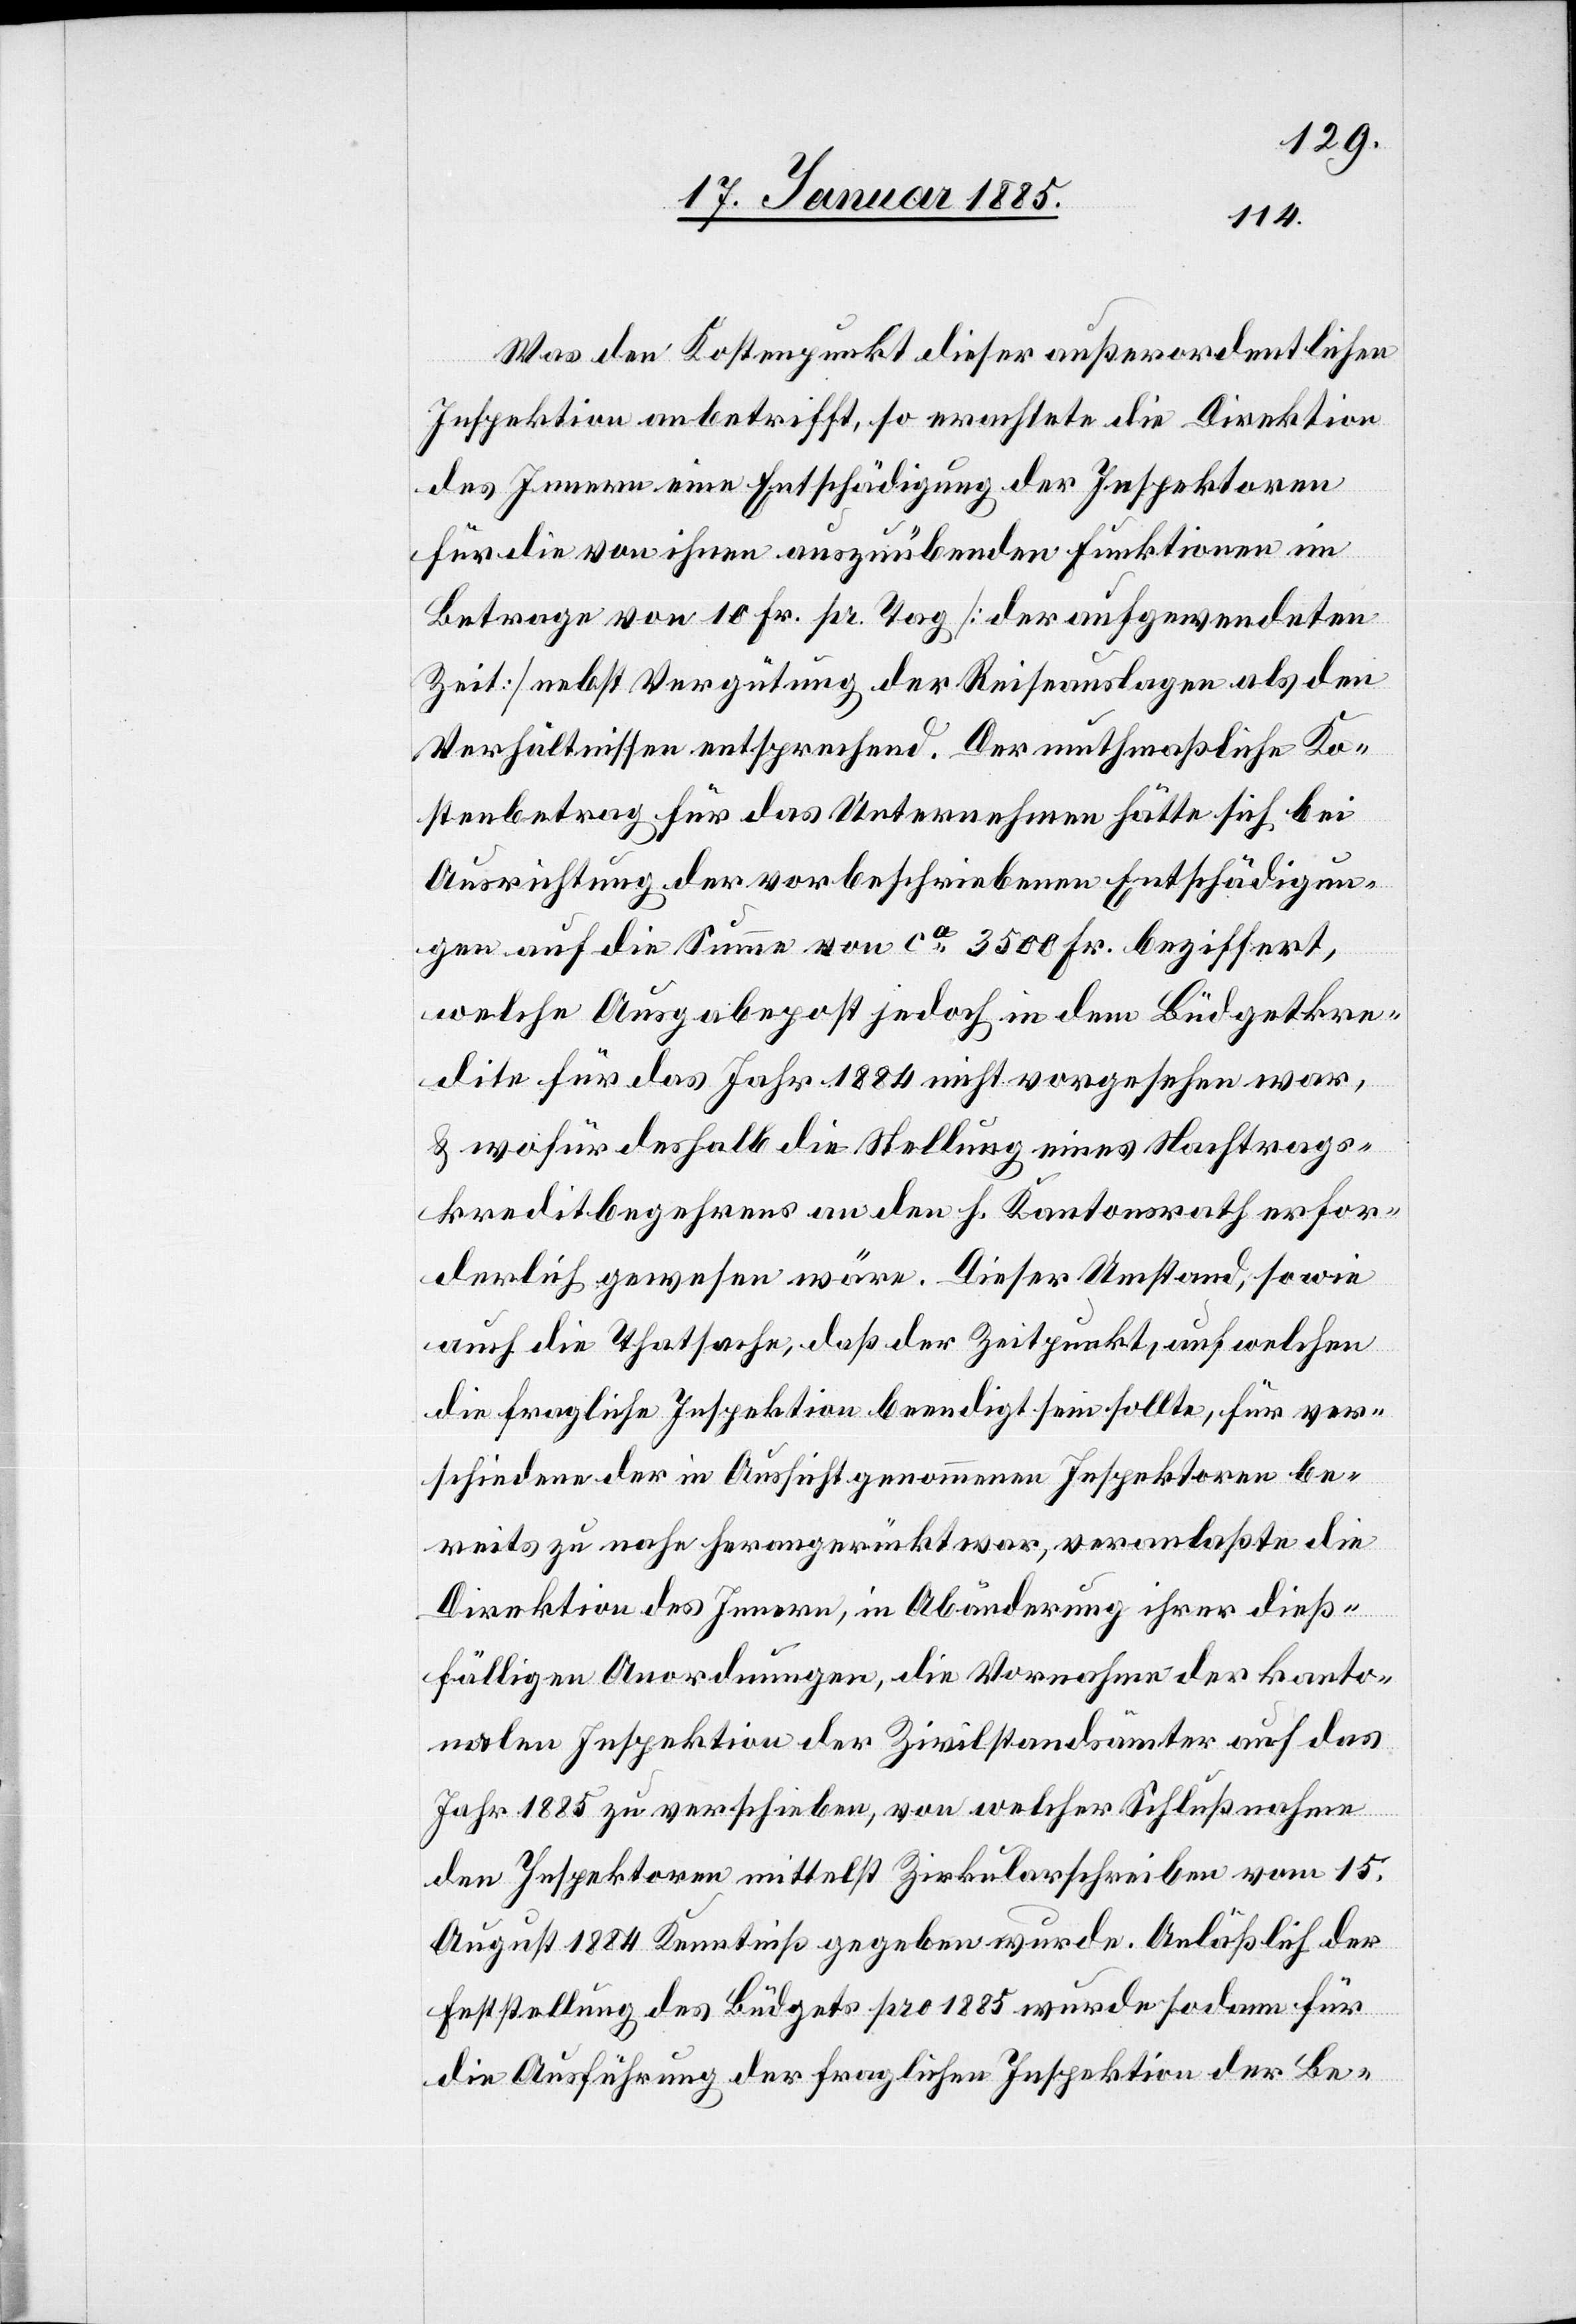
Was den Kostenpunkt dieser außerordentlichen
Inspektion anbetrifft, so erachtete die Direktion
des Innern eine Entschädigung der Inspektoren
für die von ihnen auszuübenden Funktionen im
Betrage von 10 Fr. pr. Tag [der aufgewendeten
Zeit] nebst Vergütung der Reiseauslagen als den
Verhältnissen entsprechend. Der muthmaßliche Ko¬
stenbetrag für das Unternehmen hätte sich bei
Ausrichtung der vorbeschriebenen Entschädigun¬
gen auf die Summe von ca 3500 Fr. beziffert,
welche Ausgabepost jedoch in dem Büdgetkre¬
dite für das Jahr 1884 nicht vorgesehen war,
& wofür deshalb die Stellung eines Nachtrags¬
kreditbegehrens an den h. Kantonsrath erfor¬
derlich gewesen wäre. Dieser Umstand, sowie
auch die Thatsache, daß der Zeitpunkt, auf welchen
die fragliche Inspektion beendigt sein sollte, für ver¬
schiedene der in Aussicht genommenen Inspektoren be¬
reits zu nahe herangerückt war, veranlaßte die
Direktion des Innern, in Abänderung ihrer dieß¬
fälligen Anordnungen, die Vornahme der kanto¬
nalen Inspektion der Zivilstandsämter auf das
Jahr 1885 zu verschieben, von welcher Schlußnahme
den Inspektoren mittelst Zirkularschreiben vom 15.
August 1884 Kenntniß gegeben wurde. Anläßlich der
Feststellung des Büdgets pro 1885 wurde sodann für
die Ausführung der fraglichen Inspektion der Be-